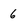
Character: 6